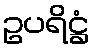
ဥပရိဋ္ဌံ